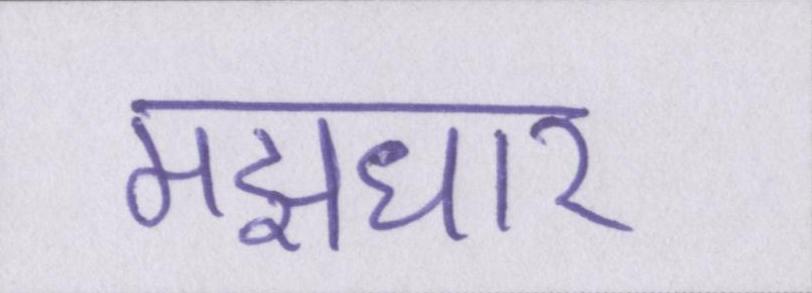
मझधार